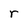
Character: r